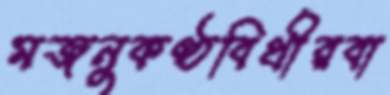
মজনুকণ্ঠবিথীরবা